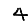
Digit: 4